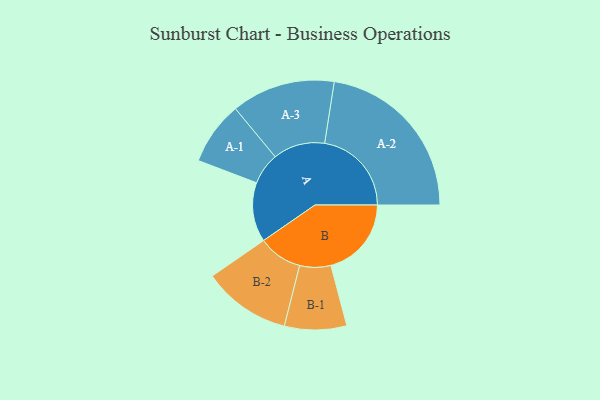
{"axis": {"x": "Segment", "y": "Value"}, "legend": ["", "A", "B"], "data": [{"x": "A", "y": 197, "type": ""}, {"x": "B", "y": 267, "type": ""}, {"x": "A-1", "y": 105, "type": "A"}, {"x": "A-2", "y": 288, "type": "A"}, {"x": "A-3", "y": 172, "type": "A"}, {"x": "B-1", "y": 103, "type": "B"}, {"x": "B-2", "y": 146, "type": "B"}]}